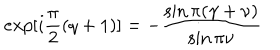
e x p [ i \frac { \pi } { 2 } ( q + 1 ) ] = - \frac { \sin \pi ( \gamma + \nu ) } { \sin \pi \nu }